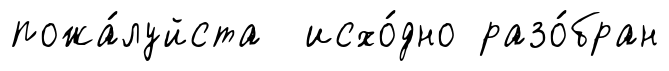
пожа́луйста исхо́дно разо́бран